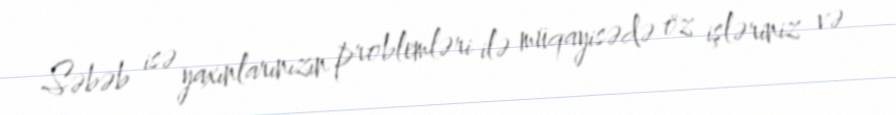
Səbəb isə yaxınlarınızın problemləri ilə müqayisədə öz işləriniz və